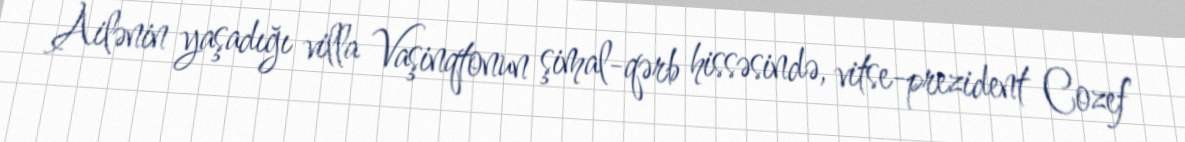
Ailənin yaşadığı villa Vaşinqtonun şimal-qərb hissəsində, vitse-prezident Cozef